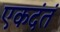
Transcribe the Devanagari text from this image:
एकदंतं